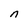
Character: n